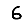
Digit: 6